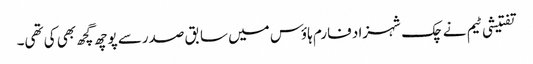
تفتیشی ٹیم نے چک شہزاد فارم ہاؤس میں سابق صدرسے پوچھ گچھ بھی کی تھی۔